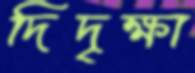
দিদৃক্ষা